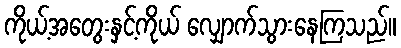
ကိုယ့်အတွေးနှင့်ကိုယ် လျှောက်သွားနေကြသည်။